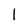
Character: 1